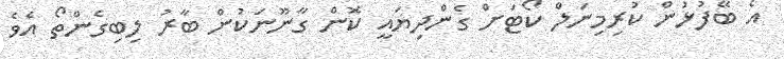
އެ ބޭފުޅުން ކުރިމިނަލް ކޯޓަށް ގެންދިޔައީ ކޮން ގާނޫނަކުން ބާރު ލިބިގެންތޯ އެވެ